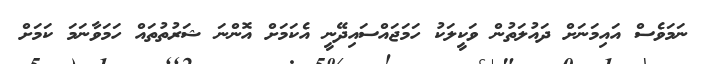
ނަމަވެސް އައިމަނަށް ދައުލަތުން ވަކީލަކު ހަމަޖައްސައިދޭނީ އެކަމަށް އޮންނަ ޝަރުތުތައް ހަމަވާނަމަ ކަމަށް